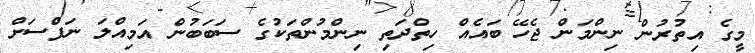
މީގެ އިތުރުން ނިންމަން ޖެހޭ ބައެއް ހިތްދަތި ނިންމުންތަކުގެ ސަބަބުން އަމިއްލަ ނަފްސަށް